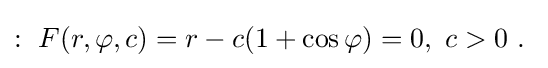
:\ F(r,\varphi ,c)=r-c(1+\cos \varphi )=0,\ c>0\ .\